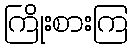
ကြိုးစားကြ